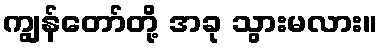
ကျွန်တော်တို့ အခု သွားမလား။